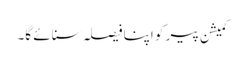
کمیشن پیر کو اپنا فیصلہ سنائے گا۔